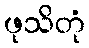
ဖုသိတုံ